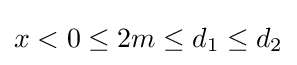
x<0\leq 2m\leq d_{1}\leq d_{2}